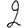
Digit: 2